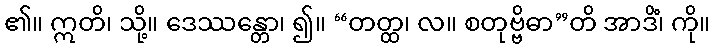
၏။ ဣတိ၊ သို့။ ဒေဿန္တော၊ ၍။ “တတ္ထ၊ လ။ စတုဗ္ဗိဓာ”တိ အာဒိံ၊ ကို။